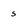
Character: s